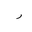
Letter: _ra